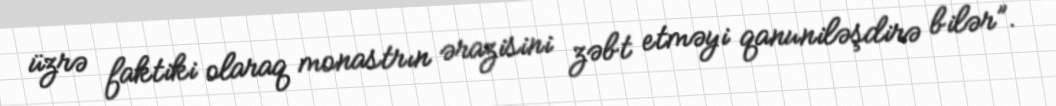
üzrə faktiki olaraq monastrın ərazisini zəbt etməyi qanuniləşdirə bilər”.